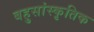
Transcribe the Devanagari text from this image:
बहुसांस्‍कृतिक